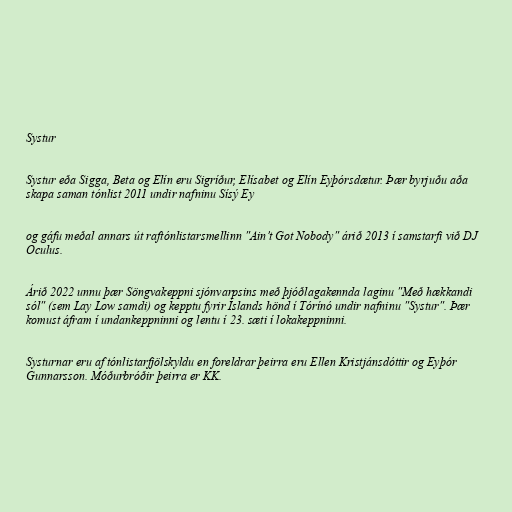
Systur

Systur eða Sigga, Beta og Elín eru Sigríður, Elísabet og Elín Eyþórsdætur. Þær byrjuðu aða
skapa saman tónlist 2011 undir nafninu Sísý Ey

og gáfu meðal annars út raftónlistarsmellinn "Ain’t Got Nobody" árið 2013 í samstarfi við DJ
Oculus.

Árið 2022 unnu þær Söngvakeppni sjónvarpsins með þjóðlagakennda laginu "Með hækkandi
sól" (sem Lay Low samdi) og kepptu fyrir Íslands hönd í Tórínó undir nafninu "Systur". Þær
komust áfram í undankeppninni og lentu í 23. sæti í lokakeppninni.

Systurnar eru af tónlistarfjölskyldu en foreldrar þeirra eru Ellen Kristjánsdóttir og Eyþór
Gunnarsson. Móðurbróðir þeirra er KK.